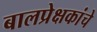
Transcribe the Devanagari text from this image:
बालप्रेक्षकांचे